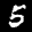
Digit: 5